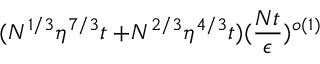
( N ^ { 1 / 3 } \eta ^ { 7 / 3 } t + \! N ^ { 2 / 3 } \eta ^ { 4 / 3 } t ) ( \frac { N t } { \epsilon } ) ^ { o ( 1 ) }